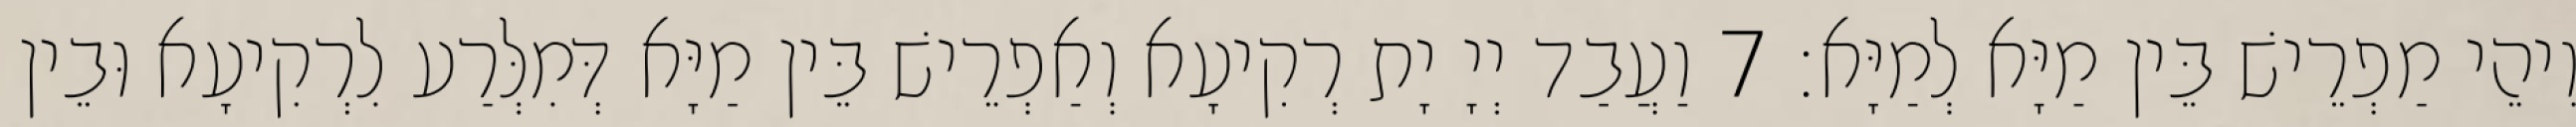
וִיהֵי מַפְרֵישׁ בֵּין מַיָּא לְמַיָּא׃ 7 וַעֲבַד יְיָ יָת רְקִיעָא וְאַפְרֵישׁ בֵּין מַיָּא דְּמִלְּרַע לִרְקִיעָא וּבֵין